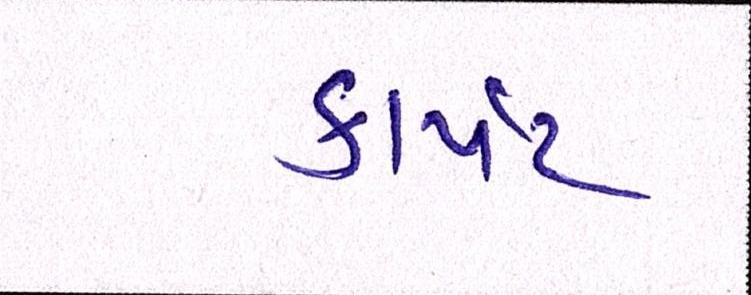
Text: કાર્પેટ